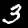
Label: 3